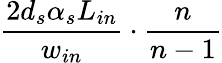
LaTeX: \frac{2d_{s}\alpha_{s}L_{in}}{w_{in}}\cdot\frac{n}{n-1}